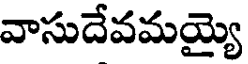
వాసుదేవమయ్యె